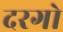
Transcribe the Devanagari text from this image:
दरगो